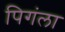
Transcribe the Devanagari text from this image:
पिगंला